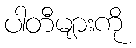
ပါတီများကို